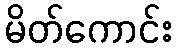
မိတ်ကောင်း